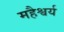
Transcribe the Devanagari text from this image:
महैश्वर्य